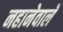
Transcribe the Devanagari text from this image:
नहानेवाले